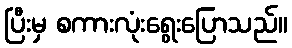
ပြီးမှ စကားလုံးရွေးပြောသည်။